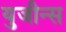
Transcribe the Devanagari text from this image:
युजीन्स